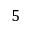
5